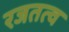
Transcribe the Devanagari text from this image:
रजतत्व